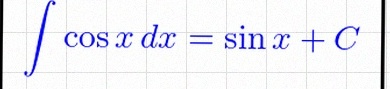
\int \cos x\,dx=\sin x+C